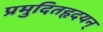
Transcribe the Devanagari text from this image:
प्रमुदितहृदयन्